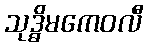
သုဒ္ဓိမကေဝလီ